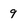
Character: 9